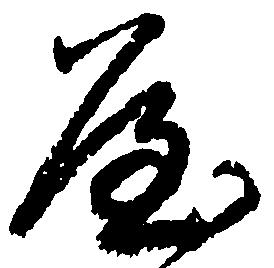
や